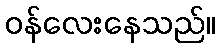
ဝန်လေးနေသည်။